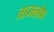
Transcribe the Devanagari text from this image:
ताजलोप